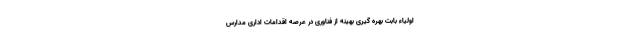
اولیاء بابت بهره گیری بهینه از فناوری در عرصه اقدامات اداری مدارس